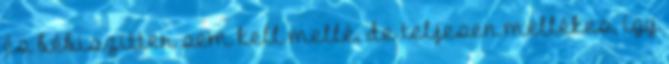
és bébiszitter sem kell mellé, de teljesen mellékes, így